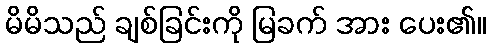
မိမိသည် ချစ်ခြင်းကို မြခက် အား ပေး၏။